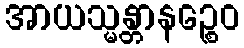
အာယသ္မန္တာနဉ္စေဝ